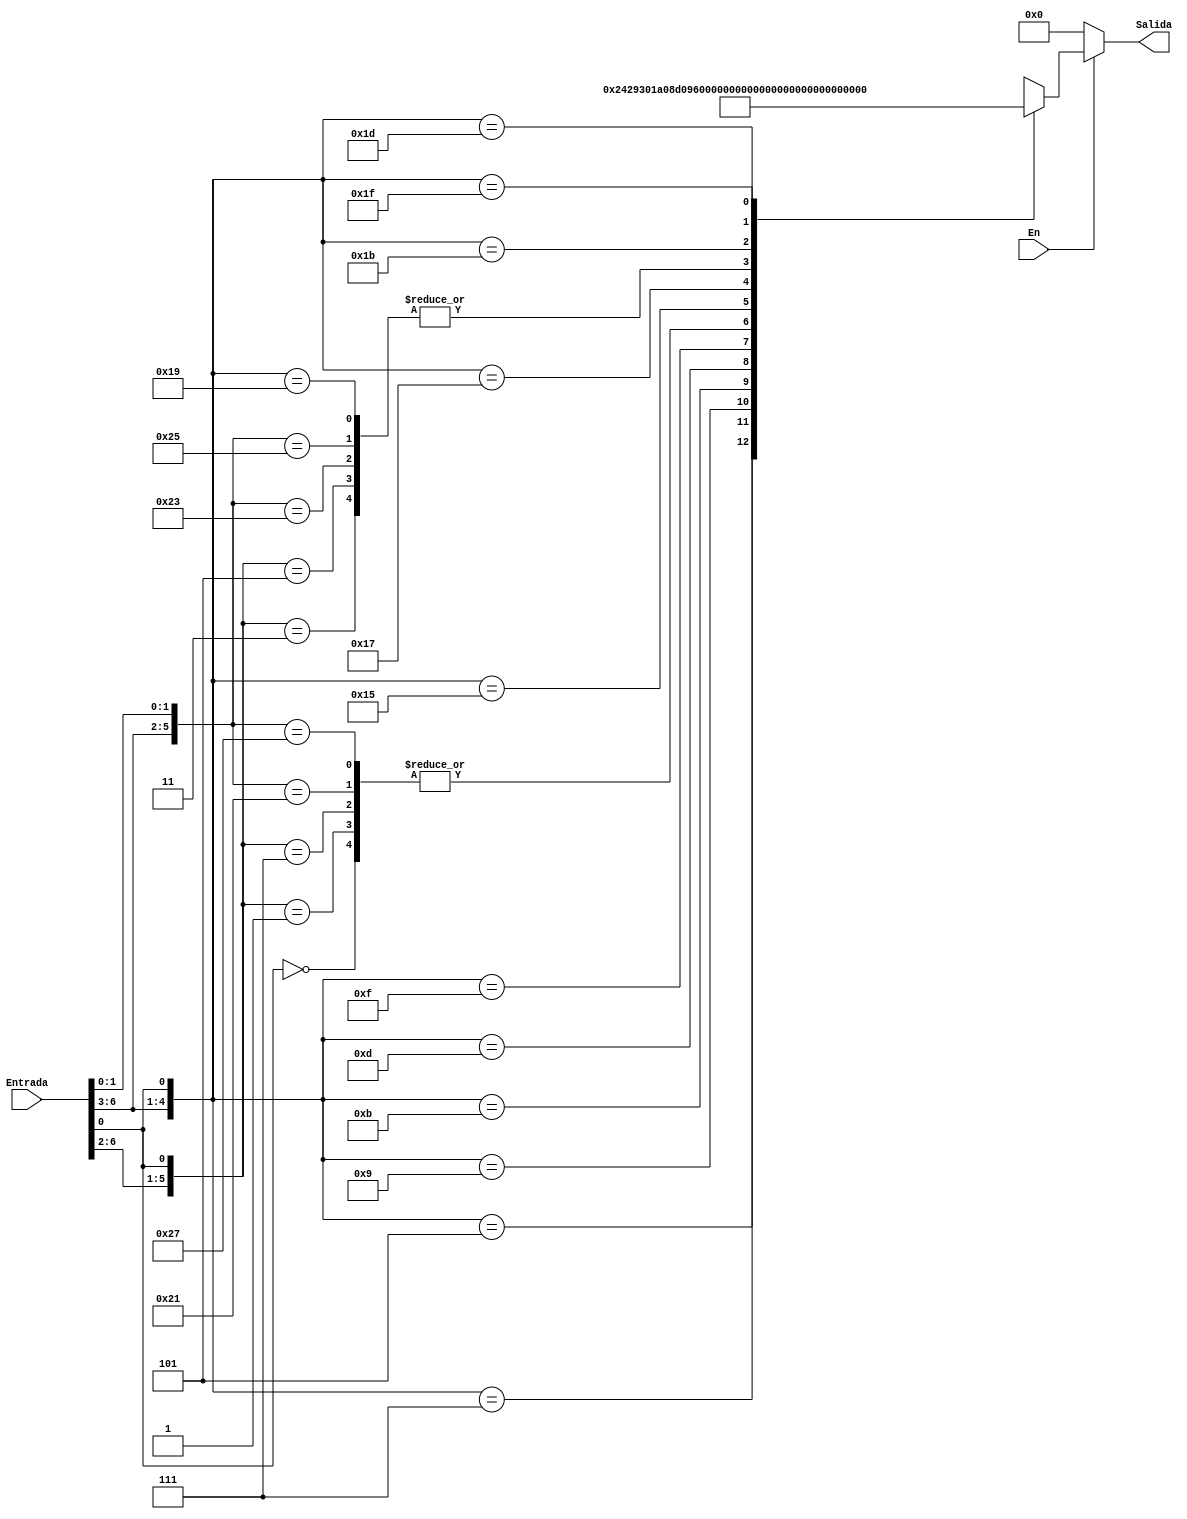
module rom (input En, input [6:0]Entrada, output reg [12:0]Salida);
  always @ (En or Entrada)begin
          Salida = 13'b0000000000000;
      if(En)
        casex (Entrada)
          7'bxxxxxx0:  Salida   <=   13'b1000000001000;
          7'b00001x1:  Salida   <=   13'b0100000001000;
          7'b00000x1:  Salida   <=   13'b1000000001000;
          7'b00011x1:  Salida   <=   13'b1000000001000;
          7'b00010x1:  Salida   <=   13'b0100000001000;
          7'b0010xx1:  Salida   <=   13'b0001001000010;
          7'b0011xx1:  Salida   <=   13'b1001001100000;
          7'b0100xx1:  Salida   <=   13'b0011010000010;
          7'b0101xx1:  Salida   <=   13'b0011010000100;
          7'b0110xx1:  Salida   <=   13'b1011010100000;
          7'b0111xx1:  Salida   <=   13'b1000000111000;
          7'b1000x11:  Salida   <=   13'b0100000001000;
          7'b1000x01:  Salida   <=   13'b1000000001000;
          7'b1001x11:  Salida   <=   13'b1000000001000;
          7'b1001x01:  Salida   <=   13'b0100000001000;
          7'b1010xx1:  Salida   <=   13'b0011011000010;
          7'b1011xx1:  Salida   <=   13'b1011011100000;
          7'b1100xx1:  Salida   <=   13'b0100000001000;
          7'b1101xx1:  Salida   <=   13'b0000000001001;
          7'b1110xx1:  Salida   <=   13'b0011100000010;
          7'b1111xx1:  Salida   <=   13'b1011100100000;
        endcase
  end
endmodule //rom